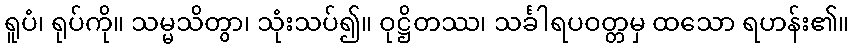
ရူပံ၊ ရုပ်ကို။ သမ္မသိတွာ၊ သုံးသပ်၍။ ဝုဋ္ဌိတဿ၊ သင်္ခါရပဝတ္တမှ ထသော ရဟန်း၏။